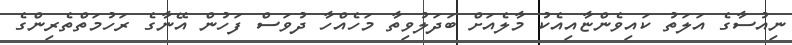
ނިއުސާގެ އަލަތު ކައިވެންޏާއިއެކު މާލެއަށް ބަދަލުވިތާ މަހެއްހާ ދުވަސް ފަހުން އޭނާގެ ރަހުމަތްތެރިންގެ